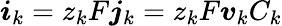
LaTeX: \boldsymbol{i}_{k}=z_{k}F\boldsymbol{j}_{k}=z_{k}F\boldsymbol{v}_{k}C_{k}